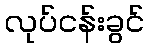
လုပ်ငန်းခွင်